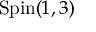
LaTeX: \mathrm { S p i n } ( 1 , 3 )